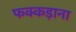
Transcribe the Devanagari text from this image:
फक्‍कड़ाना